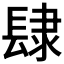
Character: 𨽸